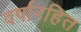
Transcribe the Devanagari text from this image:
वर्षारहित